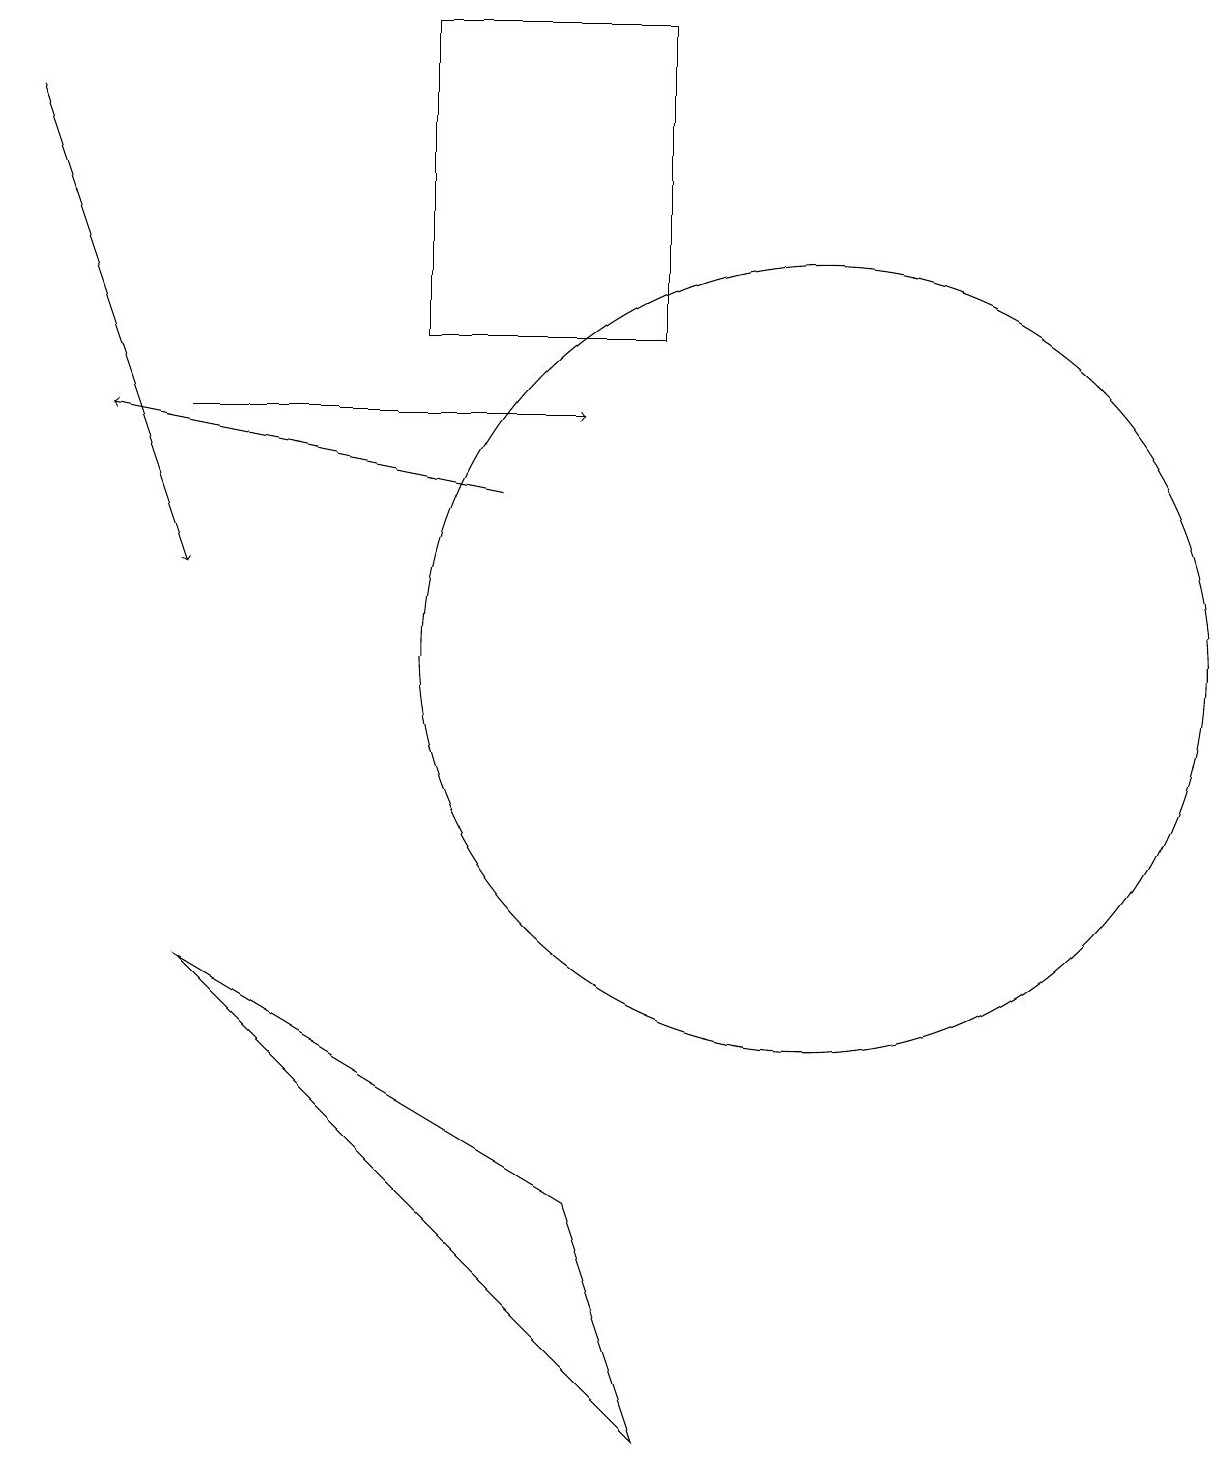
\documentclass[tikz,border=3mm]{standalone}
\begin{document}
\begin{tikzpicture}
\draw (10,10) circle (0);
\draw (5,19) rectangle (8,15);
\draw[->] (6,13) -- (1,14);
\draw[->] (2,14) -- (7,14);
\draw[->] (0,18) -- (2,12);
\draw (10,11) circle (5);
\draw (2,7) -- (7,4) -- (8,1) -- cycle;
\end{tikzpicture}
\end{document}